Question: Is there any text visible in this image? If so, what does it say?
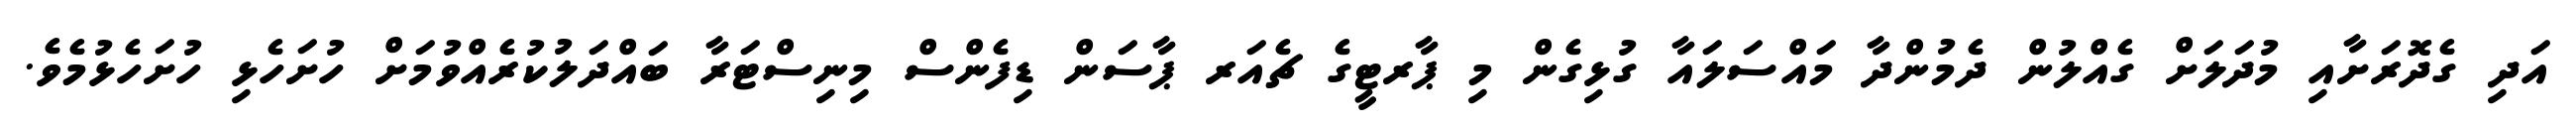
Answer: އަދި ގެދޮރަށާއި މުދަލަށް ގެއްލުން ދެމުންދާ މައްސަލައާ ގުޅިގެން މި ޕާރޓީގެ ޗެއަރ ޕާސަން ޑިފެންސް މިނިސްޓަރާ ބައްދަލުކުރެއްވުމަށް ހުށަހެޅި ހުށަހެޅުމެވެ.